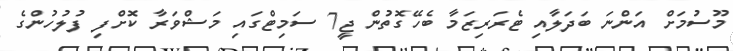
މޫސުމަށް އަންނަ ބަދަލާއި ޓެރަރިޒަމާ ބެހޭގޮތުން ޖީ7 ސަމިޓްގައި މަޝްވަރާ ކޮށްފި ފުލުހުންގެ